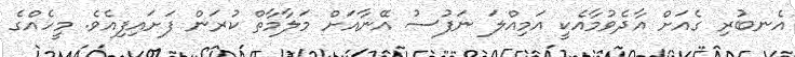
އެނބުރި ގެއަށް އާދެވުމާއެކީ އަމިއްލަ ނަފުސު އޭނާއަށް މަލާމާތް ކުރަން ފަށައިފިއެވެ. މީހެއްގެ